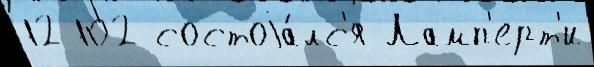
12 102 состоjа́лс'я Ламп'ерт'и